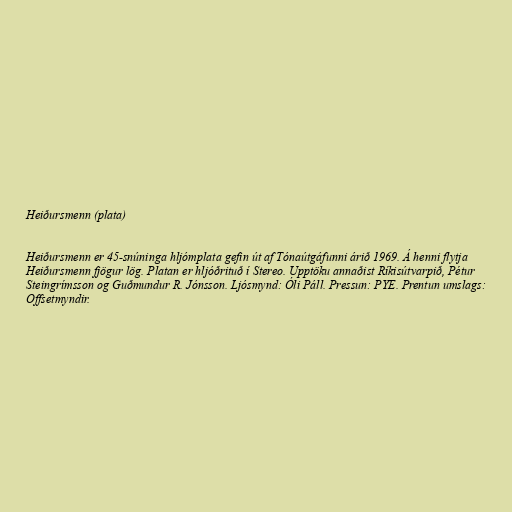
Heiðursmenn (plata)

Heiðursmenn er 45-snúninga hljómplata gefin út af Tónaútgáfunni árið 1969. Á henni flytja
Heiðursmenn fjögur lög. Platan er hljóðrituð í Stereo. Upptöku annaðist Ríkisútvarpið, Pétur
Steingrímsson og Guðmundur R. Jónsson. Ljósmynd: Óli Páll. Pressun: PYE. Prentun umslags:
Offsetmyndir.